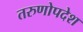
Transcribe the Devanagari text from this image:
तरुणोपदेश